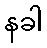
နခါ